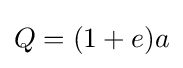
{\textstyle Q=(1+e)a}